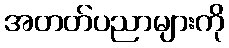
အတတ်ပညာများကို